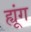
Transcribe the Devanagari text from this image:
ह्यूंग